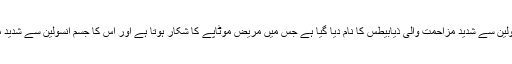
دوسری قسم کو انسولین سے شدید مزاحمت والی ذیابیطس کا نام دیا گیا ہے جس میں مریض موٹاپے کا شکار ہوتا ہے اور اس کا جسم انسولین سے شدید مزاحمت رکھتا ہے۔